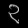
Digit: ၃